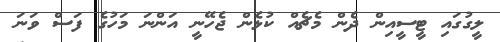
ލީގުގައި ޓީސީއިން ދެން މެޗެއް ކުޅެން ޖެހޭނީ އަންނަ މަހުގެ ފަސް ވަނަ